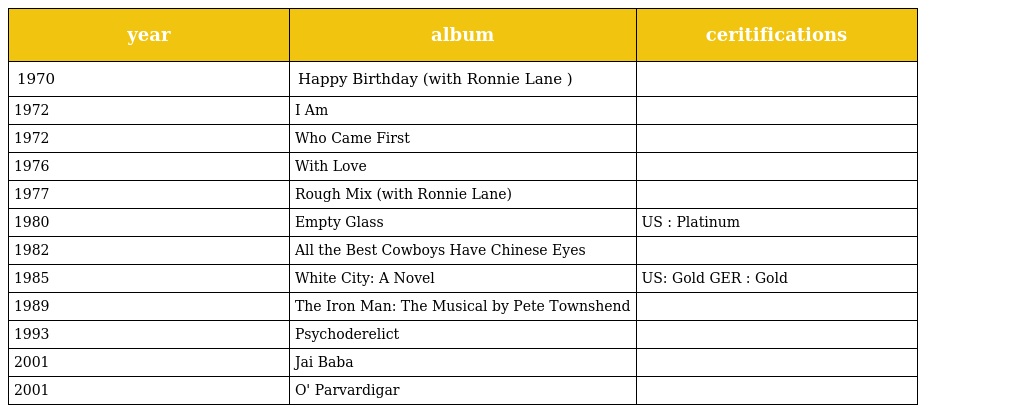
| year | album | ceritifications |
 | --- | --- | --- |
 | 1970 | Happy Birthday (with Ronnie Lane ) |  |
 | 1972 | I Am |  |
 | 1972 | Who Came First |  |
 | 1976 | With Love |  |
 | 1977 | Rough Mix (with Ronnie Lane) |  |
 | 1980 | Empty Glass | US : Platinum |
 | 1982 | All the Best Cowboys Have Chinese Eyes |  |
 | 1985 | White City: A Novel | US: Gold GER : Gold |
 | 1989 | The Iron Man: The Musical by Pete Townshend |  |
 | 1993 | Psychoderelict |  |
 | 2001 | Jai Baba |  |
 | 2001 | O' Parvardigar |  |